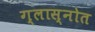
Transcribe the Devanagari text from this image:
ग्लास्नोत